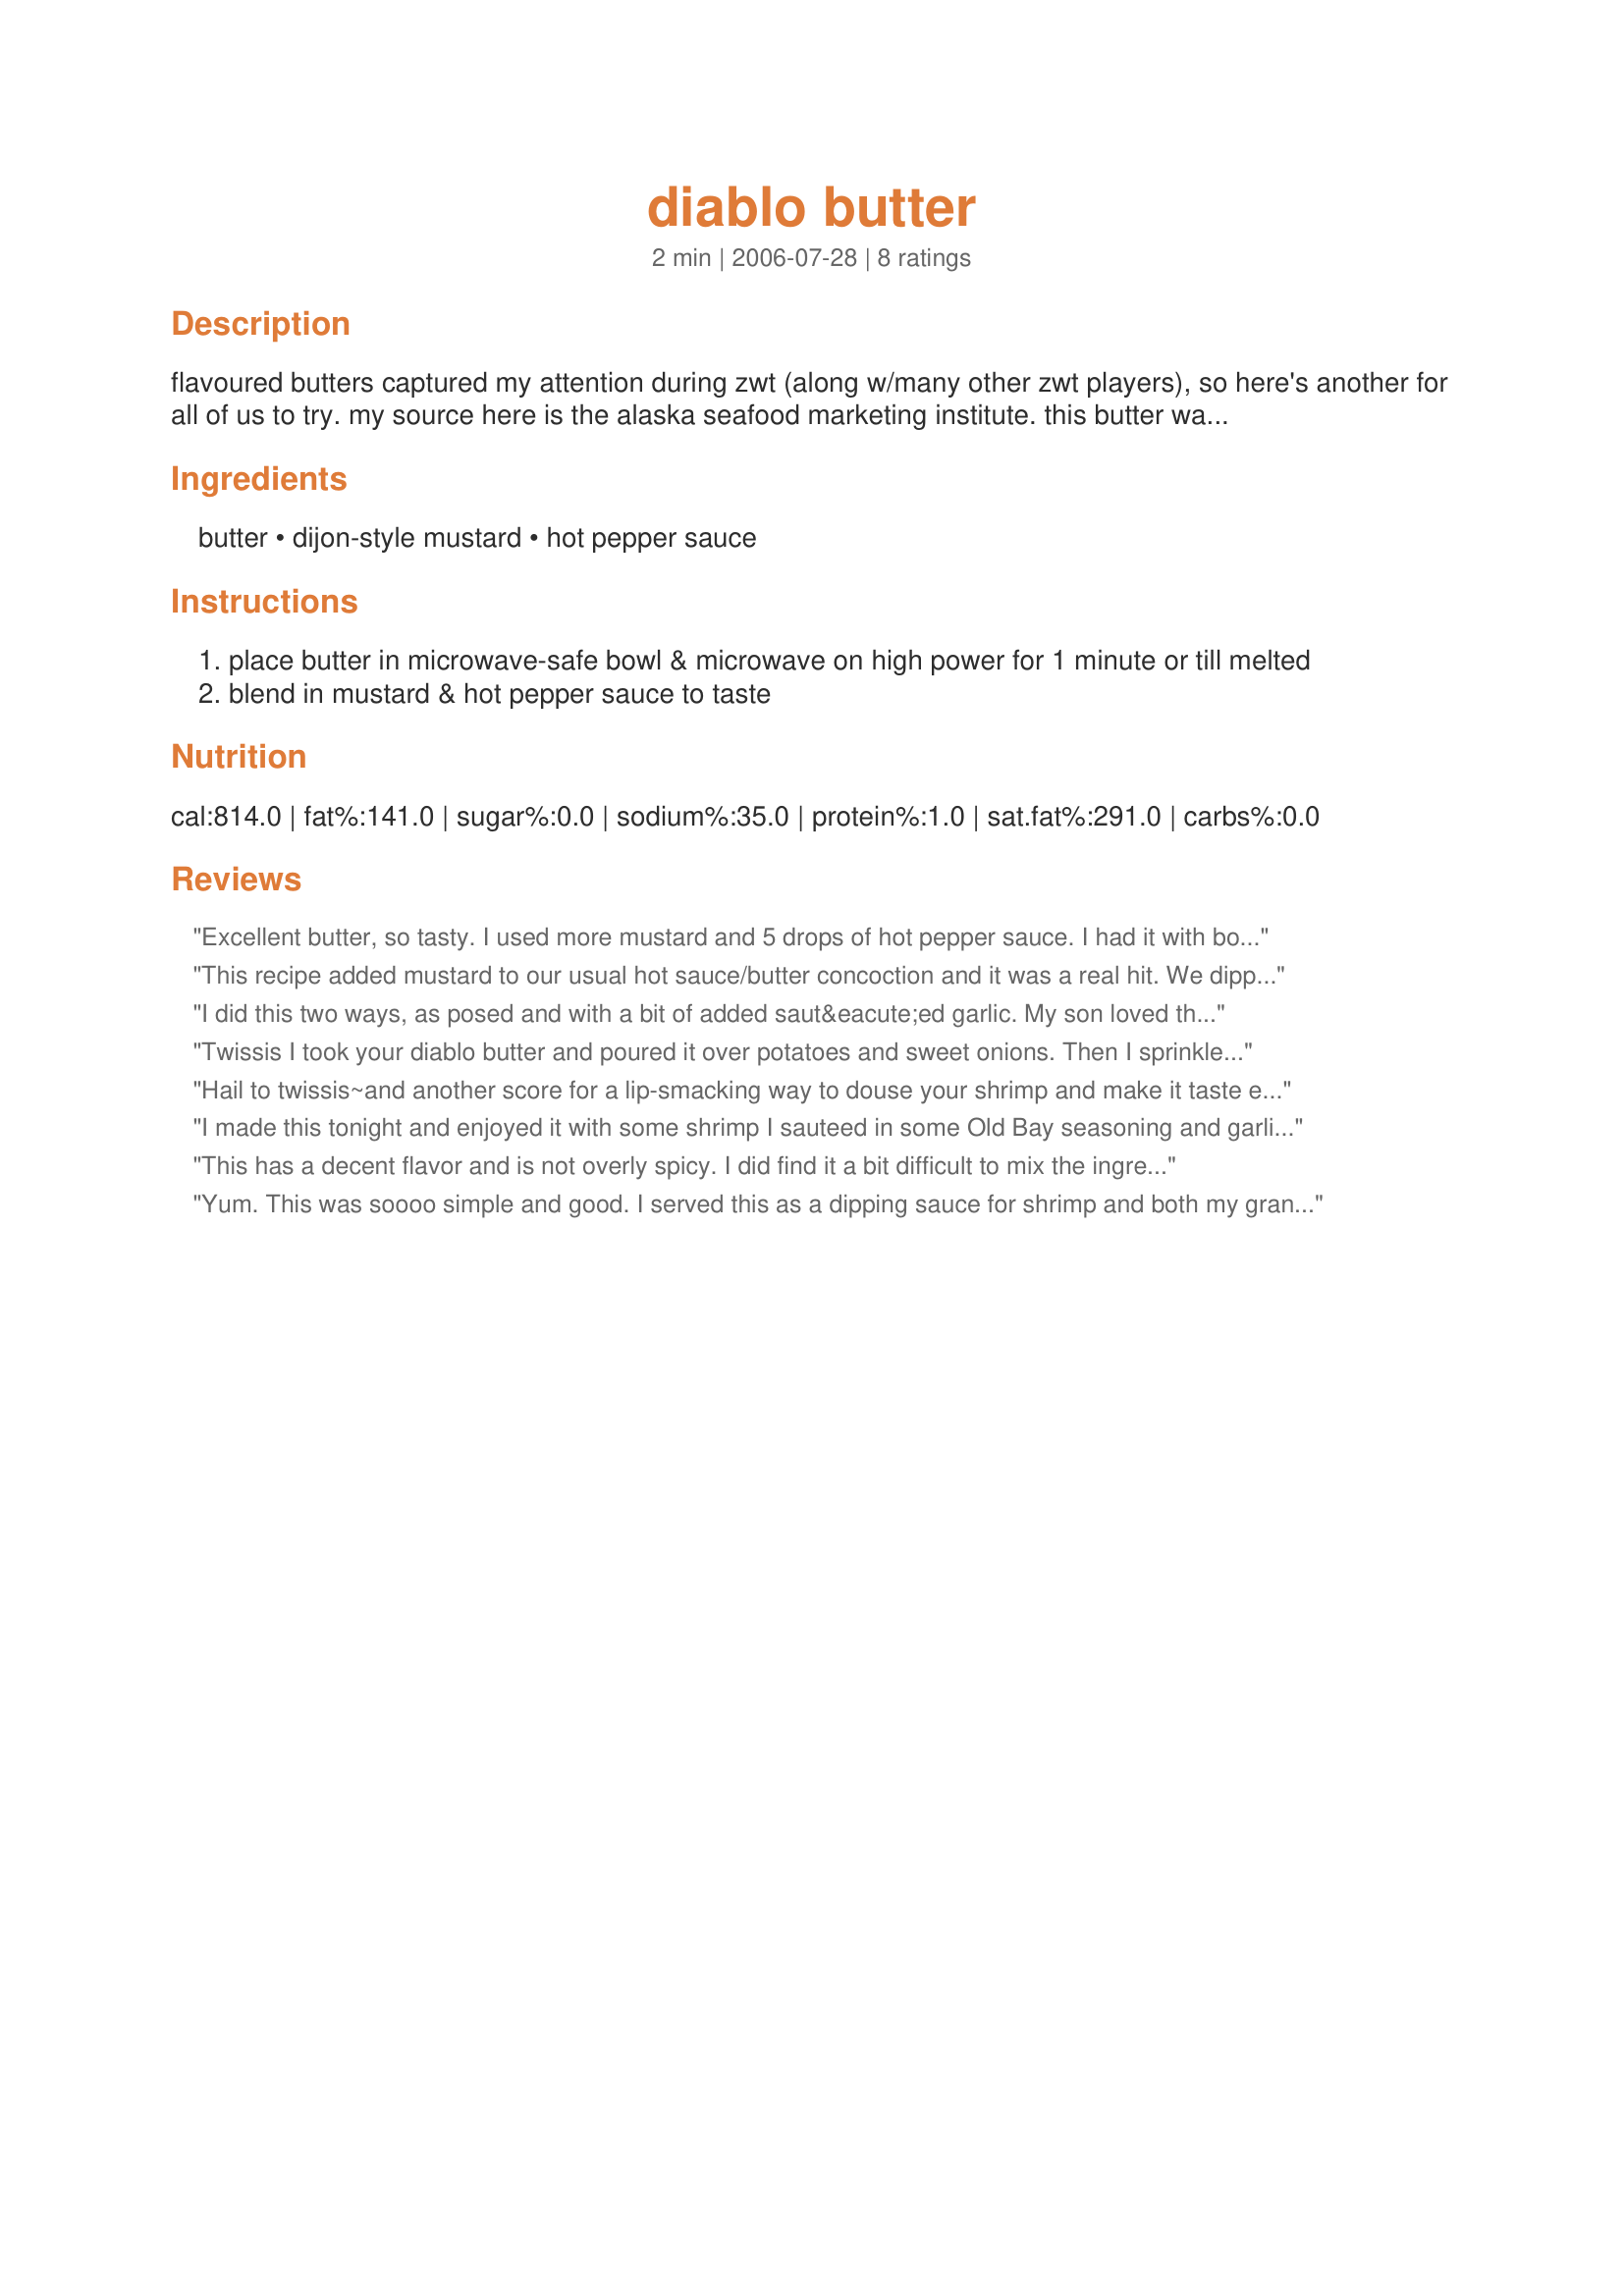
diablo butter
Preparation time: 2 minutes

flavoured butters captured my attention during zwt (along w/many other zwt players), so here's another for all of us to try. my source here is the alaska seafood marketing institute. this butter was suggested as a dipping sauce for crab legs, but would also work well for cajun-style grilled shrimp as a dipping sauce or even drizzled over lime-marinated shrimp ceviche. i suspect i've just begun to explore the options. enjoy!

Ingredients:
butter, dijon-style mustard, hot pepper sauce

Steps:
place butter in microwave-safe bowl & microwave on high power for 1 minute or till melted
blend in mustard & hot pepper sauce to taste

Reviews:
Excellent butter, so tasty. I used more mustard and 5 drops of hot pepper sauce. I had it with boiled potatoes, broccoli and shrimps. It was great with everything but with shrimps was the best. It nother keeper from twissis! Thanks!
 This recipe added mustard to our usual hot sauce/butter concoction and it was a real hit. We dipped warm artichoke leaves and hearts in this hot dip and loved every buttery mouthful. I would never have thought to include mustard Twissis and thank you for the great idea!
I did this two ways, as posed and with a bit of added saut&eacute;ed garlic. My son loved the first one with ciabatti bread, but really loved the addition of garlic. We enjoyed shrimp and bread with that one. Thanks for sharing! Made for FYC tag game on yuku!
Twissis I took your diablo butter and poured it over potatoes and sweet onions. Then I sprinkled the dish with coarse sea salt, and baked it in the oven. I used Frank's Red Hot (cayenne pepper sauce). It was delish....I will certainly be making these again and again.
Hail to twissis~and another score for a lip-smacking way to douse your shrimp and make it taste even more spectacular. Why don't I think of these things? All the uniqueness of each ingredient mellows and flows together for this "oh yum!" taste sensation. I did serve this with steamed Maryland shrimp, (I also steam onions with the shrimp) and added my personal favorite hot sauce, (El Yucateco hot sauce - red) sat cross legged on the floor and ate, (along with my husband) about 1 1/2 lbs. of shrimp. Flavored butter, who'd a thought? Thanks twissis for my first, flavored butter that is!
I made this tonight and enjoyed it with some shrimp I sauteed in some Old Bay seasoning and garlic powder. A simple butter concoction..Thanks twissis!! :)
This has a decent flavor and is not overly spicy. I did find it a bit difficult to mix the ingredients--the mustard kept trying to separate out. I served this with potatoes, but it would be good with seafood as well. Thanks for posting!
Yum. This was soooo simple and good. I served this as a dipping sauce for shrimp and both my grandson and I enjoyed it. Congrats again on your Conference Football win twissis!
